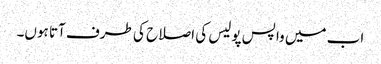
اب میں واپس پولیس کی اصلاح کی طرف آتا ہوں۔